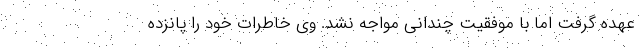
عهده گرفت اما با موفقیت چندانی مواجه نشد. وی خاطرات خود را پانزده